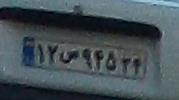
۱۲ص۹۴۵۳۴